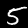
Digit: 5